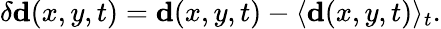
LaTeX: \delta{\mathbf d}(x,y,t)={\mathbf d}(x,y,t)-\langle{\mathbf d}(x,y,t)\rangle_{t}.